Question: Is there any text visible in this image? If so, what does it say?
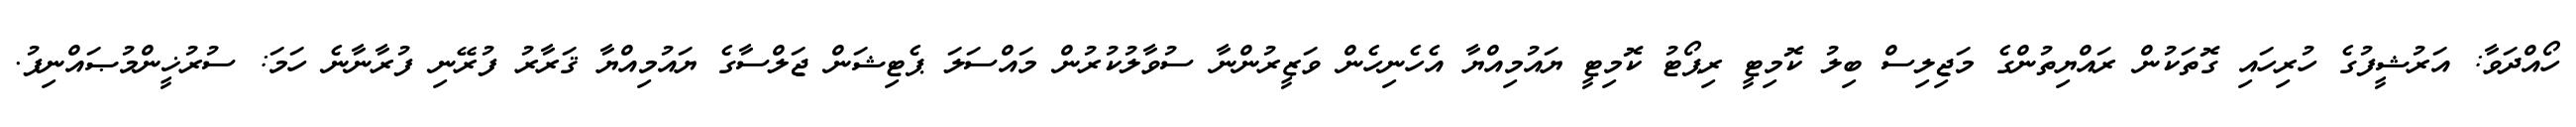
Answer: ހޯއްދަވާ: އަރުޝީފުގެ ހުރިހައި ގޮތަކުން ރައްޔިތުންގެ މަޖިލިސް ބިލު ކޮމިޓީ ރިޕޯޓު ކޮމިޓީ ޔައުމިއްޔާ އެހެނިހެން ވަޒީރުންނާ ސުވާލުކުރުން މައްސަލަ ޕެޓިޝަން ޖަލްސާގެ ޔައުމިއްޔާ ޤަރާރު ފުރޭނި ފުރާނާނެ ހަމަ: ސުރުޚީންމުޞައްނިފު.